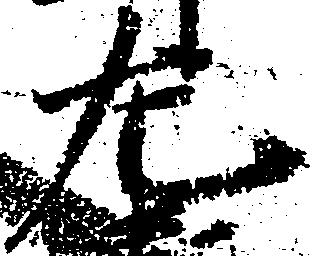
左